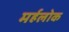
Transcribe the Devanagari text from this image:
मर्हलोक